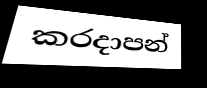
කරදාපන්